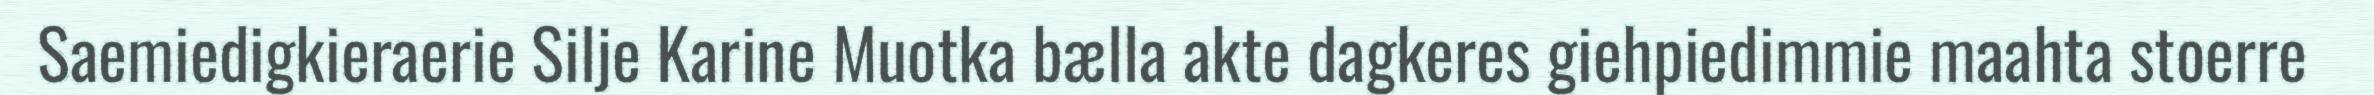
Saemiedigkieraerie Silje Karine Muotka bælla akte dagkeres giehpiedimmie maahta stoerre